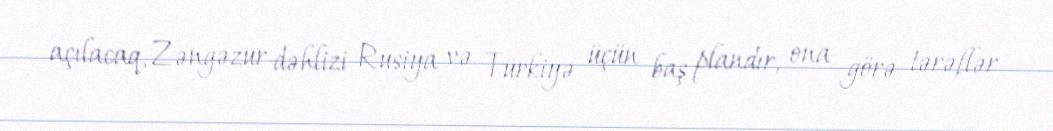
açılacaq, Zəngəzur dəhlizi Rusiya və Türkiyə üçün baş plandır, ona görə tərəflər